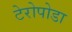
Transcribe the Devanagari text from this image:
टेरोपोडा